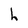
Character: h